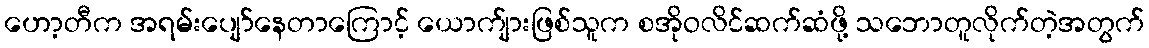
ဟော့တီက အရမ်းပျော်နေတာကြောင့် ယောက်ျားဖြစ်သူက စအိုဝလိင်ဆက်ဆံဖို့ သဘောတူလိုက်တဲ့အတွက်